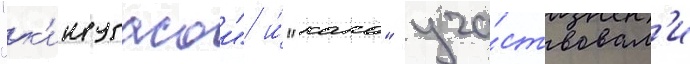
"к'инугасои" и́ "како" уча́ствовал'и